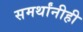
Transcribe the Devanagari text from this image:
समर्थांनीही